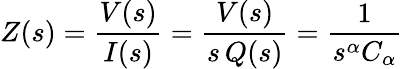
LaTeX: Z(s)=\frac{V(s)}{I(s)}=\frac{V(s)}{s\, Q(s)}=\frac{1}{s^{\alpha}C_{\alpha}}